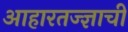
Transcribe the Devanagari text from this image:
आहारतज्‍ज्ञाची